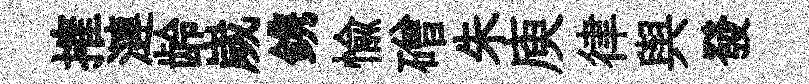
搉漣龄嵗鎸愉磳朱庾律舆發